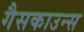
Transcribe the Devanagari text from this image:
गैसकाउन्स